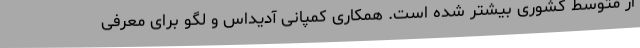
از متوسط کشوری بیشتر شده است. همکاری کمپانی آدیداس و لگو برای معرفی